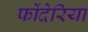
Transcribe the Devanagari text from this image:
फोंदेरिया